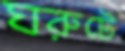
ঘরুটে